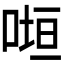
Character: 𭈲